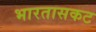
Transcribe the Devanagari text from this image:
भारतासकट